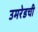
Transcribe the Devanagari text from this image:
उमरेडची